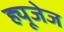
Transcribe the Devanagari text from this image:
ह्यूजेज